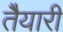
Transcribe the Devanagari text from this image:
तैेयारी